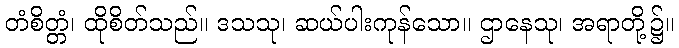
တံစိတ္တံ၊ ထိုစိတ်သည်။ ဒသသု၊ ဆယ်ပါးကုန်သော။ ဌာနေသု၊ အရာတို့၌။